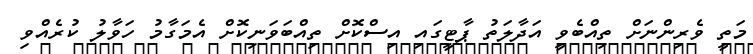
މަތީ ވެރިންނަށް ތިއްބެވީ އަދާލަތު ޕާޓީގައި އިސްކޮށް ތިއްބަވަނިކޮށް އެމަގާމު ހަވާލު ކުރެއްވި